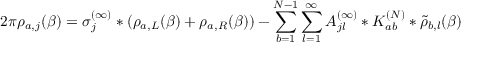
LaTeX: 2 \pi { \rho } _ { a , j } ( \beta ) = \sigma _ { j } ^ { ( \infty ) } * ( \rho _ { a , L } ( \beta ) + \rho _ { a , R } ( \beta ) ) - \sum _ { b = 1 } ^ { N - 1 } \sum _ { l = 1 } ^ { \infty } A _ { j l } ^ { ( \infty ) } * K _ { a b } ^ { ( N ) } * \widetilde \rho _ { b , l } ( \beta )